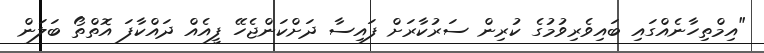
"އިމްތިހާނެއްގައި ބައިވެރިވުމުގެ ކުރިން ސަރުކާރަށް ފައިސާ ދަށްކަންޖެހޭ ފީއެއް ދައްކާފަ އޮތްތޯ ބަލަން